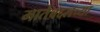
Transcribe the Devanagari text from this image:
मातेबद्दलच्या